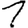
Digit: 1